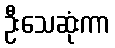
ဦးသေဆုံးကာ